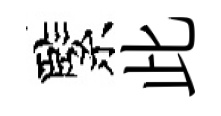
緊此